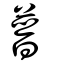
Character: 暜